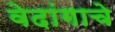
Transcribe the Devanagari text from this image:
वेदांगाचे